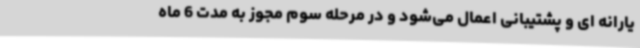
یارانه ای و پشتیبانی اعمال می‌شود و در مرحله سوم مجوز به مدت 6 ماه